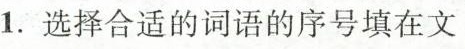
1. 选择合适的词语的序号填在文